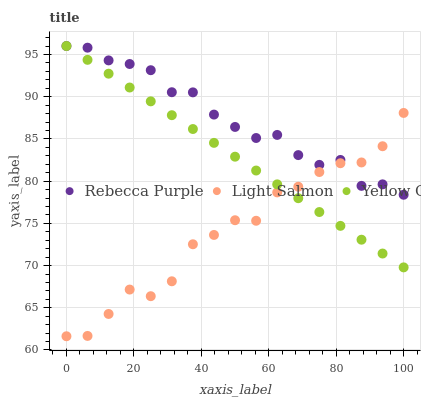
| xaxis_label | Rebecca Purple | Light Salmon | Yellow Green |
 | --- | --- | --- | --- |
 | 0 | 96 | 61.6 | 96 |
 | 6.25 | 95.8 | 61.7 | 94.4 |
 | 12.5 | 94.3 | 64.3 | 92.7 |
 | 18.8 | 93.9 | 67.2 | 91.1 |
 | 25 | 93.1 | 66.4 | 89.4 |
 | 31.2 | 90.5 | 68.1 | 87.8 |
 | 37.5 | 90.5 | 72.5 | 86.2 |
 | 43.8 | 87.9 | 73.6 | 84.5 |
 | 50 | 86.4 | 75.4 | 82.9 |
 | 56.2 | 85.1 | 75.3 | 81.3 |
 | 62.5 | 85.5 | 78.7 | 79.6 |
 | 68.8 | 83.1 | 79.3 | 78 |
 | 75 | 81.9 | 81.1 | 76.3 |
 | 81.2 | 82.5 | 82.1 | 74.7 |
 | 87.5 | 79.4 | 82.2 | 73.1 |
 | 93.8 | 79.6 | 84.1 | 71.4 |
 | 100 | 78.4 | 88.1 | 69.8 |